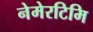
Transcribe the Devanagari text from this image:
नेमेरटिमि